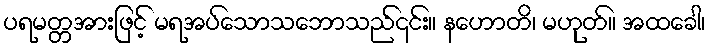
ပရမတ္တအားဖြင့် မရအပ်သောသဘောသည်၎င်း။ နဟောတိ၊ မဟုတ်။ အထခေါ၊